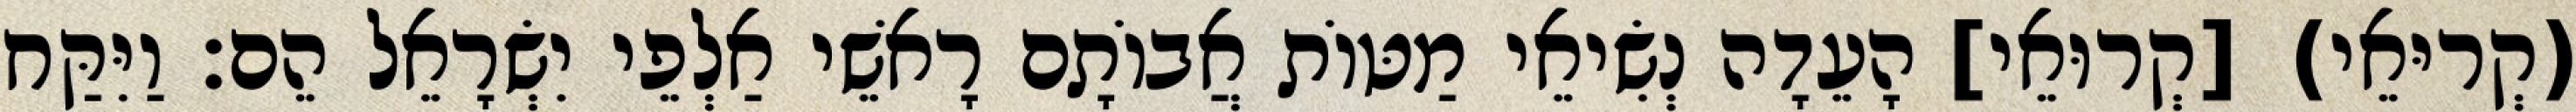
(קְריּאֵי) [קְרוּאֵי] הָעֵדָה נְשִׂיאֵי מַטּוֹת אֲבוֹתָם רָאשֵׁי אַלְפֵי יִשְׂרָאֵל הֵם׃ וַיִּקַּח